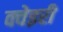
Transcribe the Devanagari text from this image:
क्वेइरी